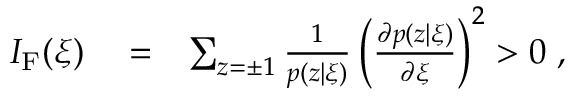
\begin{array} { r l r } { I _ { \mathrm { F } } ( \xi ) } & { { } = } & { \sum _ { z = \pm 1 } \frac { 1 } { p ( z | \xi ) } \left( \frac { \partial p ( z | \xi ) } { \partial \xi } \right) ^ { 2 } > 0 \; , } \end{array}